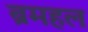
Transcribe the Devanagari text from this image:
ब्रमहल